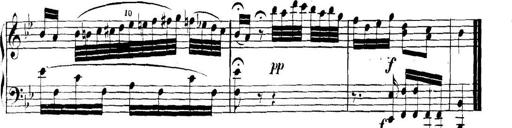
Title: Collected Piano Sonatas
Composer: Muzio Clementi